Annual report of the Punjab Veterinary College and of the Civil Veterinary Department, Punjab - 1926-1932
Year: 1926
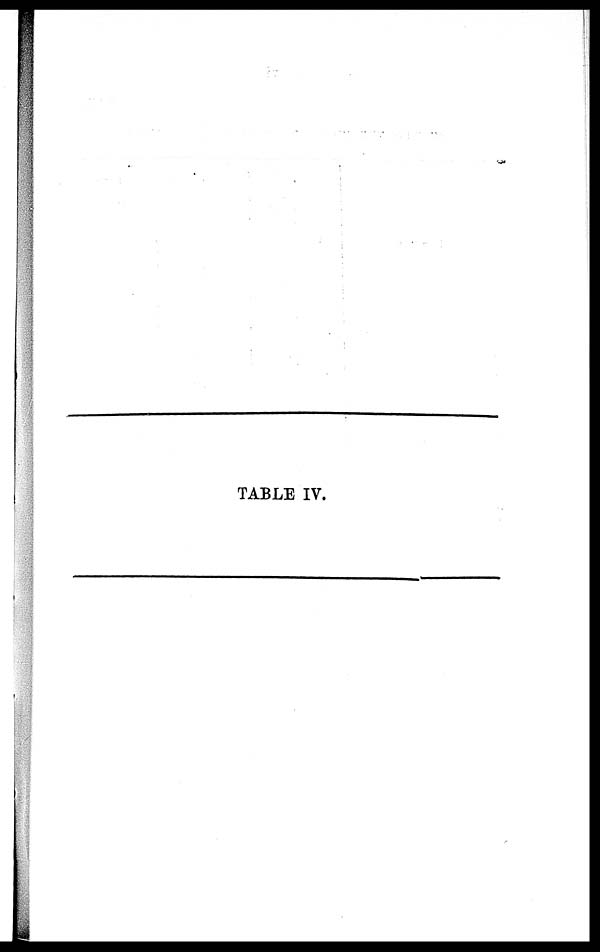
TABLE IV.